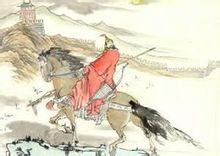
宁为百夫长，胜作一书生。